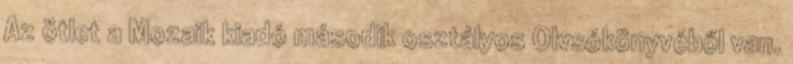
Az ötlet a Mozaik kiadó második osztályos Olvsókönyvéből van.